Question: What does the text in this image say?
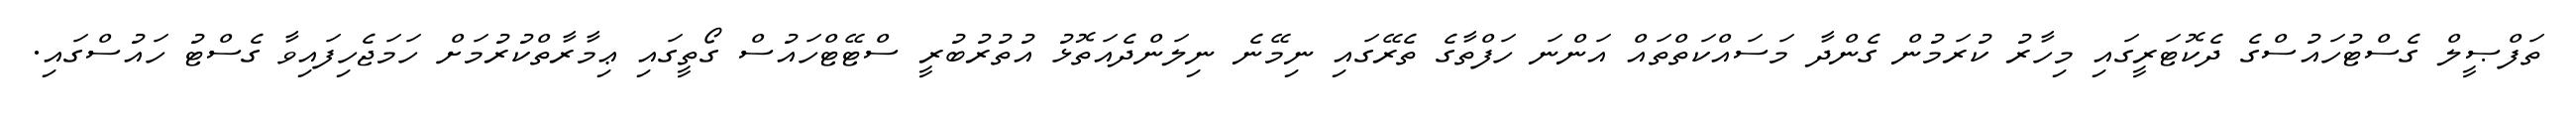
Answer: ތަފްޞީލް ގެސްޓުހައުސްގެ ދެކޮޓަރީގައި މިހާރު ކުރަމުން ގެންދާ މަސައްކަތްތައް އަންނަ ހަފްތާގެ ތެރޭގައި ނިމޭނެ ނިލަންދެއަތޮޅު އުތުރުބުރީ ސްޓޭޓްހައުސް ގޯތީގައި ޢިމާރާތްކުރުމަށް ހަމަޖެހިފައިވާ ގެސްޓު ހައުސްގައި.